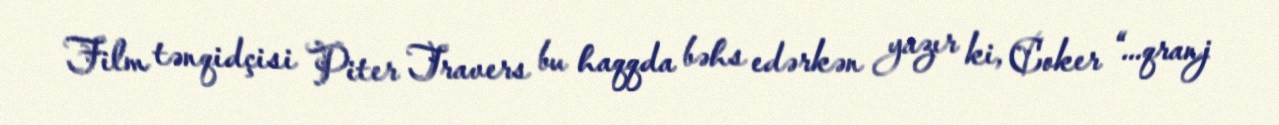
Film tənqidçisi Piter Travers bu haqqda bəhs edərkən yazır ki, Coker “...qranj